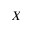
X